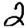
Digit: 2